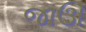
જાઊ